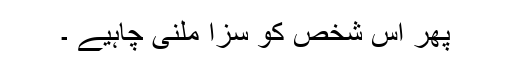
پھر اس شخص کو سزا ملنی چاہیے ۔